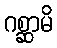
ဂစ္ဆာမိ